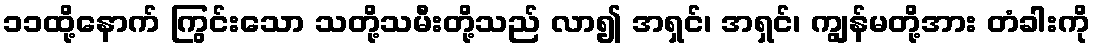
၁၁ထို့နောက် ကြွင်းသော သတို့သမီးတို့သည် လာ၍ အရှင်၊ အရှင်၊ ကျွန်မတို့အား တံခါးကို